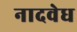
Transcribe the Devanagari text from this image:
नादवेध